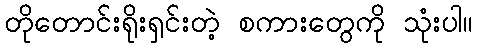
တိုတောင်းရိုးရှင်းတဲ့ စကားတွေကို သုံးပါ။